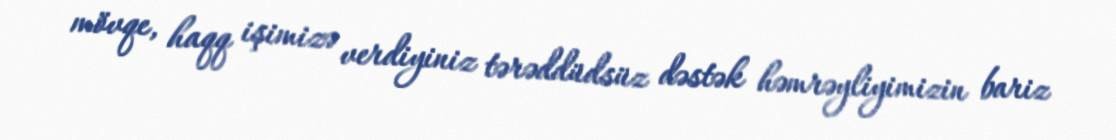
mövqe, haqq işimizə verdiyiniz tərəddüdsüz dəstək həmrəyliyimizin bariz